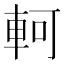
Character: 軻